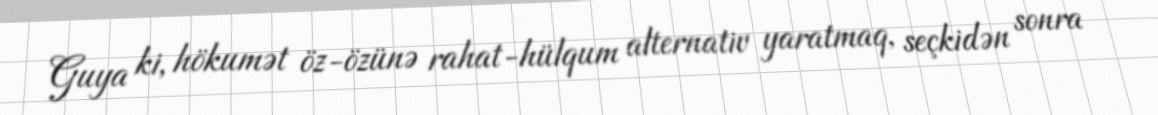
Guya ki, hökumət öz-özünə rahat-hülqum alternativ yaratmaq, seçkidən sonra